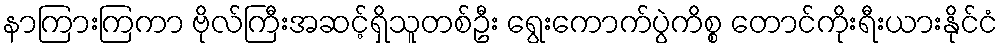
နာကြားကြကာ ဗိုလ်ကြီးအဆင့်ရှိသူတစ်ဦး ရွေးကောက်ပွဲကိစ္စ တောင်ကိုးရီးယားနိုင်ငံ